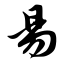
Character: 易